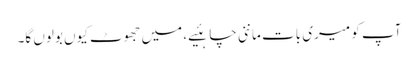
آپ کو میری بات ماننی چاہئیے، میں جھوٹ کیوں بولوں گا۔